Indian journal of veterinary science and animal husbandry - Volume 12,
Year: 1942
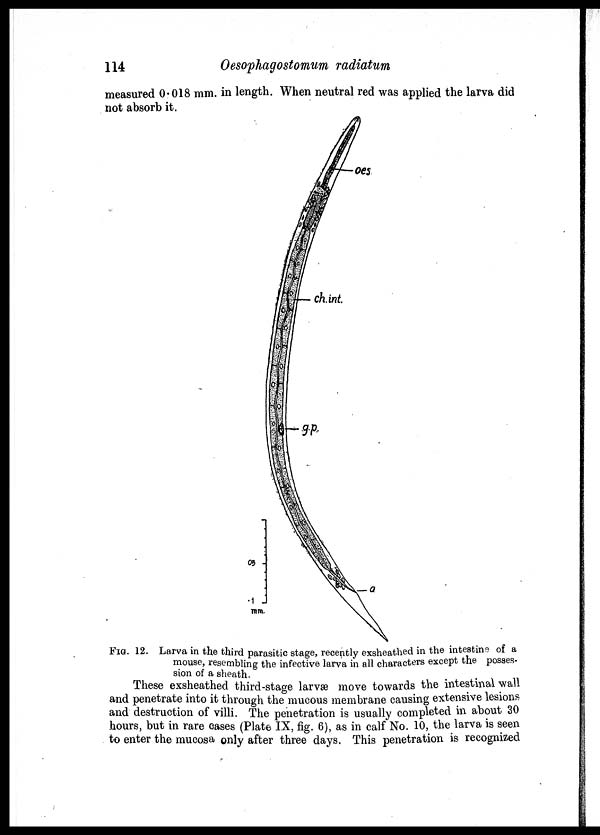
114
Oesophagostomum radiatum
measured 0.018 mm. in length. When neutral red was applied the larva did
not absorb it.
FIG. 12. Larva in the third parasitic stage, recently exsheathed in the intestine of a
mouse, resembling the infective larva in all characters except the posses-
sion of a sheath.
These exsheathed third-stage larvæ move towards the intestinal wall
and penetrate into it through the mucous membrane causing extensive lesions
and destruction of villi. The penetration is usually completed in about 30
hours, but in rare cases (Plate IX, fig. 6), as in calf No. 10, the larva is seen
to enter the mucosa only after three days. This penetration is recognized